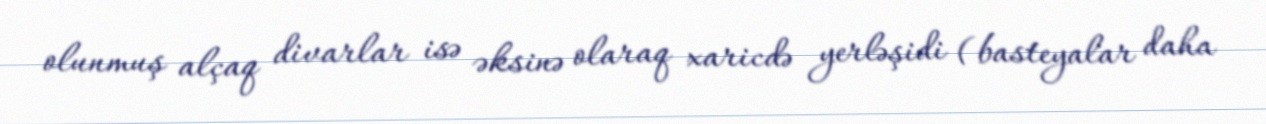
olunmuş alçaq divarlar isə əksinə olaraq xaricdə yerləşidi (basteyalar daha